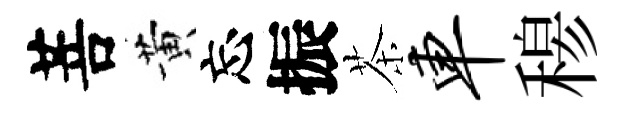
菩黄忘振茶车𥠇